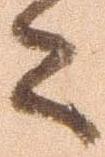
々